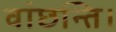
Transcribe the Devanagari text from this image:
वांछन्ति।